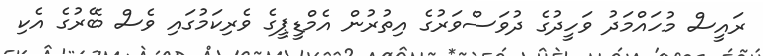
ރައީސް މުހައްމަދު ވަހީދުގެ ދުވަސްވަރުގެ އިތުރުން އެމްޑީޕީގެ ވެރިކަމުގައި ވެސް ބޭރުގެ އެކި